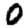
Digit: 0